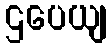
ဌပေယျ